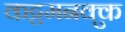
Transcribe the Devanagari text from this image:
कट्टमनक्कु